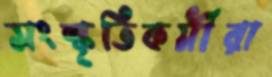
সংস্কৃতিকর্মীরা